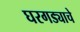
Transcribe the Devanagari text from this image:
घरगड्याचे